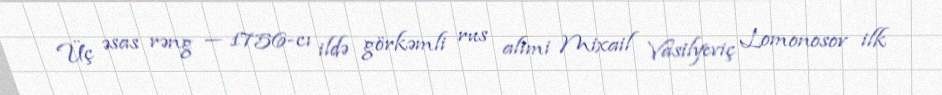
Üç əsas rəng — 1756-cı ildə görkəmli rus alimi Mixail Vasilyeviç Lomonosov ilk